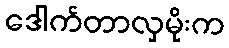
ဒေါက်တာလှမိုးက